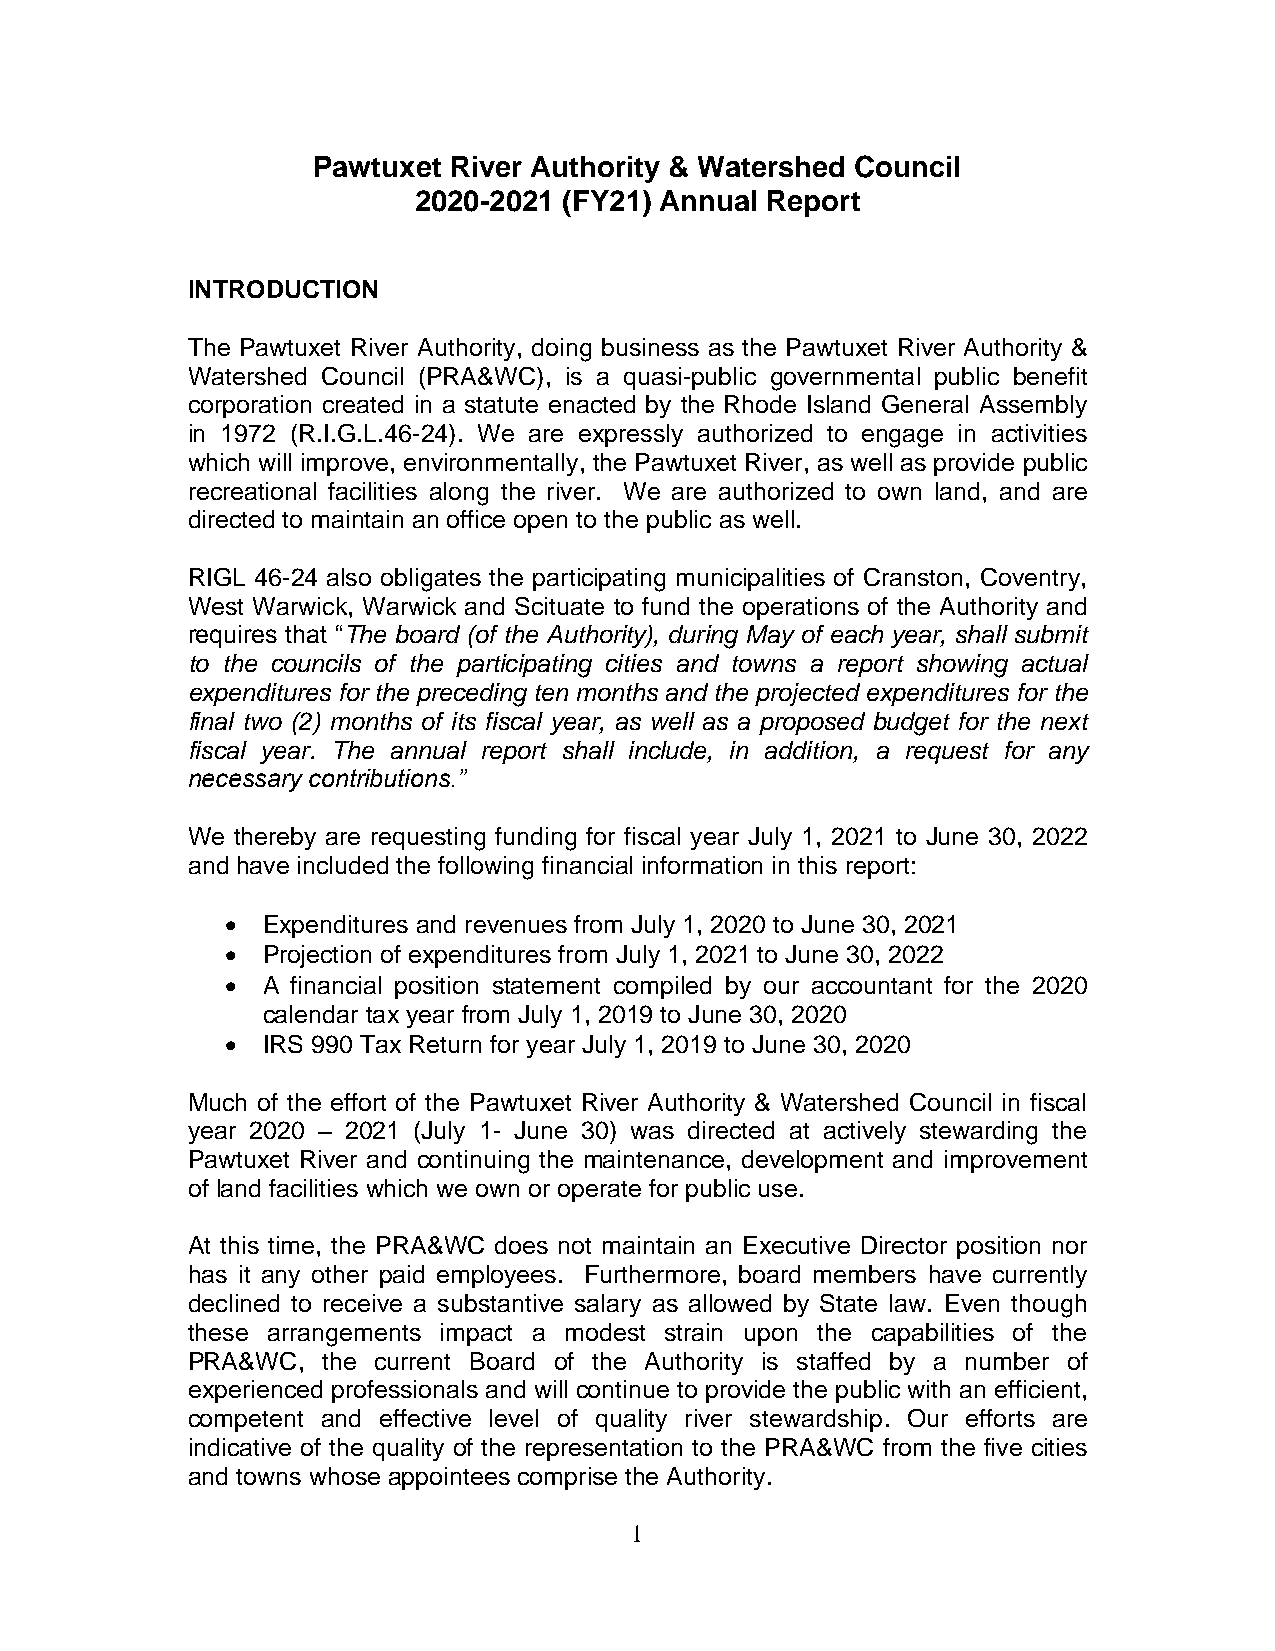
Pawtuxet River Authority & Watershed Council
 2020-2021 (FY21) Annual Report
 INTRODUCTION
 The Pawtuxet River Authority, doing business as the Pawtuxet River Authority &
 Watershed Council (PRA&WC), is a quasi-public governmental public benefit
 corporation created in a statute enacted by the Rhode Island General Assembly
 in 1972 (R.I.G.L.46-24). We are expressly authorized to engage in activities
 which will improve, environmentally, the Pawtuxet River, as well as provide public
 recreational facilities along the river. We are authorized to own land, and are
 directed to maintain an office open to the public as well.
 RIGL 46-24 also obligates the participating municipalities of Cranston, Coventry,
 West Warwick, Warwick and Scituate to fund the operations of the Authority and
 requires that “The board (of the Authority), during May of each year, shall submit
 to the councils of the participating cities and towns a report showing actual
 expenditures for the preceding ten months and the projected expenditures for the
 final two (2) months of its fiscal year, as well as a proposed budget for the next
 fiscal year. The annual report shall include, in addition, a request for any
 necessary contributions.”
 We thereby are requesting funding for fiscal year July 1, 2021 to June 30, 2022
 and have included the following financial information in this report:
 • Expenditures and revenues from July 1, 2020 to June 30, 2021
 • Projection of expenditures from July 1, 2021 to June 30, 2022
 • A financial position statement compiled by our accountant for the 2020
 calendar tax year from July 1, 2019 to June 30, 2020
 • IRS 990 Tax Return for year July 1, 2019 to June 30, 2020
 Much of the effort of the Pawtuxet River Authority & Watershed Council in fiscal
 year 2020 – 2021 (July 1- June 30) was directed at actively stewarding the
 Pawtuxet River and continuing the maintenance, development and improvement
 of land facilities which we own or operate for public use.
 At this time, the PRA&WC does not maintain an Executive Director position nor
 has it any other paid employees. Furthermore, board members have currently
 declined to receive a substantive salary as allowed by State law. Even though
 these arrangements impact a modest strain upon the capabilities of the
 PRA&WC,  the current Board of the Authority is staffed by a number of
 experienced professionals and will continue to provide the public with an efficient,
 competent and effective level of quality river stewardship. Our efforts are
 indicative of the quality of the representation to the PRA&WC from the five cities
 and towns whose appointees comprise the Authority.
 1